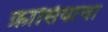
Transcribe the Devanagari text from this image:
फ्रांसियाचा